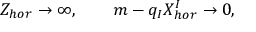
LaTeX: Z _ { h o r } \to \infty , \qquad m - q _ { I } X _ { h o r } ^ { I } \to 0 ,